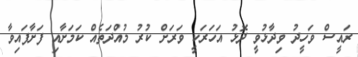
ރައީސް ވަހީދު ވިދާޅުވީ ދޮޅު އަހަރަކީ ވަރަށް ކުރު މުއްދަތެއް ކަމަށާއި ފަށާފައިވާ